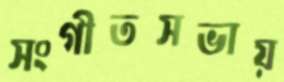
সংগীতসভায়